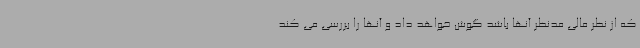
که از نظر مالی مدنظر آنها باشد گوش خواهد داد و آنها را بررسی می کند